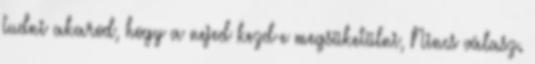
tudni akarod, hogy a nejed kezd-e megsüketülni, Nincs válasz.